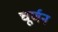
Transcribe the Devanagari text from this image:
चूर्णन